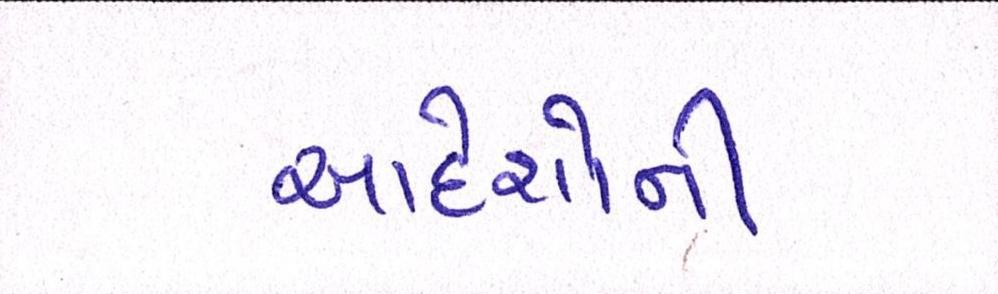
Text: આદેશોની